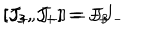
LaTeX: [ J _ { 3 } , J _ { + } ] = J _ { + } \hspace { 1 c m } [ J _ { 3 } , J _ { - } ] = - J _ { - } \hspace { 1 c m } [ J _ { + } , J _ { - } ] = J _ { 3 }